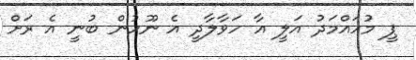
ޕީ މުހައްމަދު އަލީ އާ ހަވާލާދީ އެ ނޫހުން ބުނީ އެ ރަށް